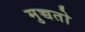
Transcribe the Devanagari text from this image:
मुच्चतो